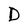
Character: D